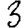
Digit: 3